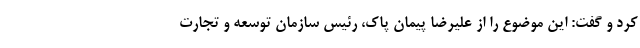
کرد و گفت: این موضوع را از علیرضا پیمان پاک، رئیس سازمان توسعه و تجارت